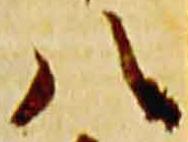
八